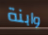
وابنة